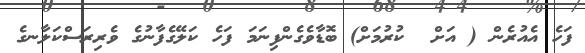
ފަހެ އެއުރެން ( އަށް  ކުރުމަށް) ބޮޑާވެގެންފިނަމަ ފަހެ ކަލޭގެފާނުގެ ވެރިރަސްކަލާނގެ